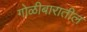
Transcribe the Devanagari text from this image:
गोळीबारातील